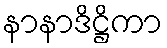
နာနာဒိဋ္ဌိကာ